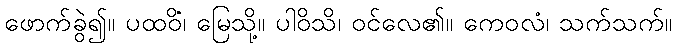
ဖောက်ခွဲ၍။ ပထဝိံ၊ မြေသို့။ ပါဝိသိ၊ ဝင်လေ၏။ ကေဝလံ၊ သက်သက်။